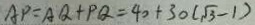
A P = A Q + P Q = 4 0 + 3 0 ( \sqrt { 3 } - 1 )